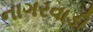
નાગરવાડી